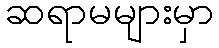
ဆရာမများမှာ